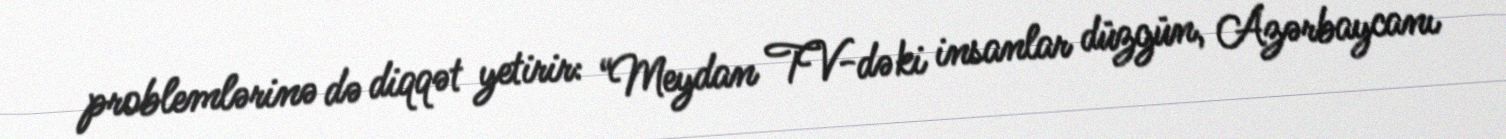
problemlərinə də diqqət yetirir: “Meydan TV-dəki insanlar düzgün, Azərbaycanı